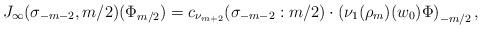
LaTeX: \begin{align*}J_\infty(\sigma_{-m-2},m/2)(\Phi_{m/2})=c_{\nu_{m+2}}(\sigma_{-m-2}:m/2)\cdot\left(\nu_1(\rho_m)(w_0)\Phi\right)_{-m/2},\end{align*}